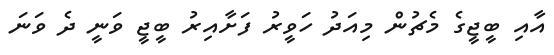
އާއި ބީޖީގެ މެޗުން މިއަދު ހަވީރު ފަށާއިރު ބީޖީ ވަނީ ދެ ވަނަ